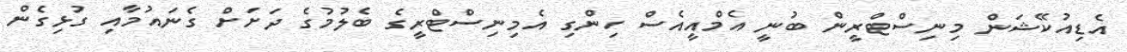
އެޑިއުކޭޝަން މިނިސްޓްރީން ބުނީ އެމްއީއެސް ހިންގި އެމިނިސްޓްރީގެ ބެލުމުގެ ދަށަށް ގެނައުމާއި ގުޅިގެން